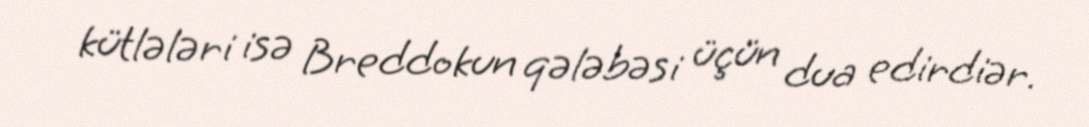
kütlələri isə Breddokun qələbəsi üçün dua edirdiər.